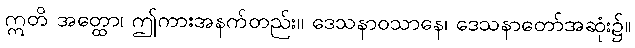
ဣတိ အတ္ထော၊ ဤကားအနက်တည်း။ ဒေသနာဝသာနေ၊ ဒေသနာတော်အဆုံး၌။